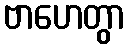
ဗာဟေတွာ